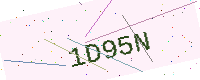
Text: 1D95N